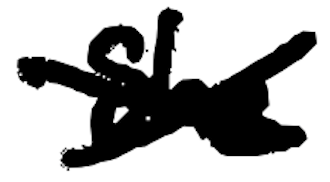
Text: She
Cross-out: cross
Writing tool: digital_black